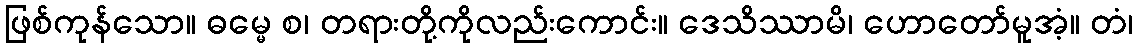
ဖြစ်ကုန်သော။ ဓမ္မေ စ၊ တရားတို့ကိုလည်းကောင်း။ ဒေသိဿာမိ၊ ဟောတော်မူအံ့။ တံ၊